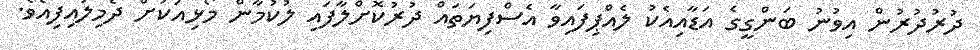
ދުރުދުރުން އިވުނު ބަންގީގެ އަޑާއިއެކު ލެއްޕިފައިވާ އެސްފިޔަތައް ދުރުކޮށްލާފައި ލުކުމާން މޯޅިއަކަށް ދެމިލައިފިއެވެ.